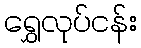
ရွှေလုပ်ငန်း